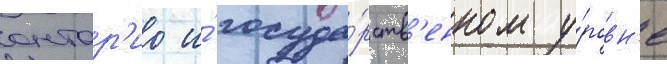
онтар'ио и́ госуда́рств'енном у́ровн'е